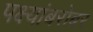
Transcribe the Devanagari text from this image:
पक्ष्यांबरोबर